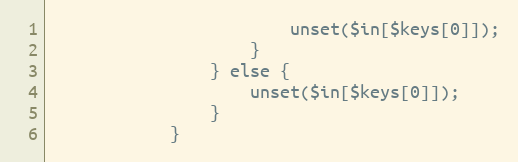
Language: PHP
                        unset($in[$keys[0]]);
                    }
                } else {
                    unset($in[$keys[0]]);
                }
            }